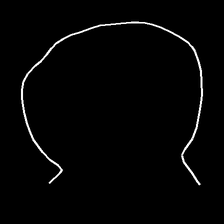
Glyph: weave